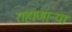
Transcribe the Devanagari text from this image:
राहाणाऱ्या